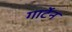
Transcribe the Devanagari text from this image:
गार्टेन